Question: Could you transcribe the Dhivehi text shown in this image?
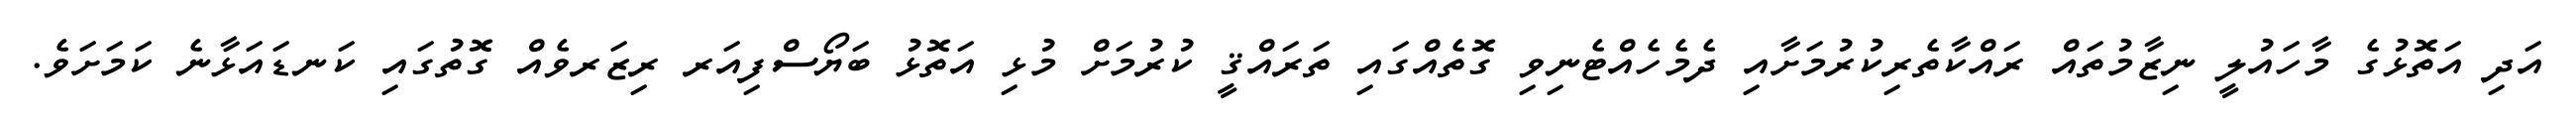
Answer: އަދި އަތޮޅުގެ މާހައުލީ ނިޒާމުތައް ރައްކާތެރިކުރުމަށާއި ދެމެހެއްޓެނިވި ގޮތެއްގައި ތަރައްޤީ ކުރުމަށް މުޅި އަތޮޅު ބަޔޯސްފިއަރ ރިޒަރވެއް ގޮތުގައި ކަނޑައަޅާނެ ކަމަށަވެ.